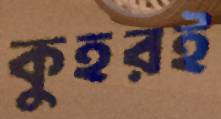
কুহরই